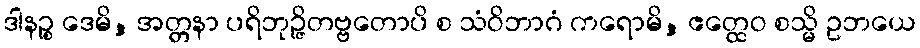
ဒါနဉ္စ ဒေမိ, အတ္တနာ ပရိဘုဉ္ဇိတဗ္ဗတောပိ စ သံဝိဘာဂံ ကရောမိ, ဧတ္ထေဝ စသ္မိ ဥဘယေ